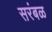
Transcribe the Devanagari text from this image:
सरंबळ